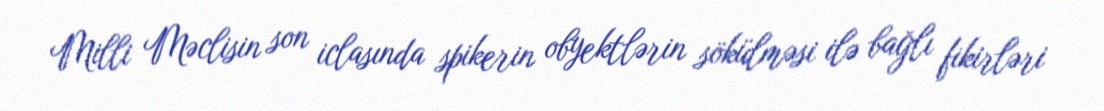
Milli Məclisin son iclasında spikerin obyektlərin sökülməsi ilə bağlı fikirləri